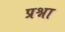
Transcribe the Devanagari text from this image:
प्रश्ना